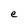
Character: e